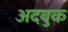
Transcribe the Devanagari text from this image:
अदबुक